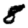
Digit: 8